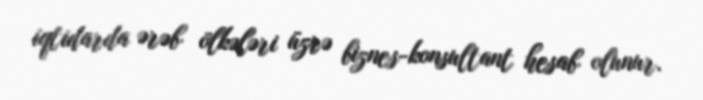
iqtidarda ərəb ölkələri üzrə biznes-konsultant hesab olunur.